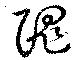
隗